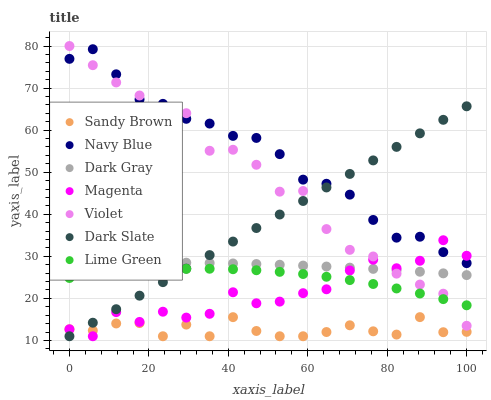
| xaxis_label | Sandy Brown | Navy Blue | Dark Gray | Magenta | Violet | Dark Slate | Lime Green |
 | --- | --- | --- | --- | --- | --- | --- | --- |
 | 0 | 12.7 | 76.9 | 28.4 | 12.7 | 80 | 11 | 24.9 |
 | 5.88 | 12.4 | 79.2 | 28.5 | 11 | 75.4 | 14.2 | 25.6 |
 | 11.8 | 14 | 73.3 | 28.5 | 16.7 | 71.3 | 17.4 | 26.1 |
 | 17.6 | 14.1 | 67.3 | 28.5 | 14.4 | 68.2 | 20.6 | 26.6 |
 | 23.5 | 11 | 66.3 | 28.5 | 16.8 | 63.9 | 23.9 | 26.9 |
 | 29.4 | 13.8 | 62.7 | 28.5 | 15.4 | 64 | 27.1 | 27 |
 | 35.3 | 11 | 61.6 | 28.4 | 16.3 | 55.1 | 30.3 | 27 |
 | 41.2 | 15.5 | 58.6 | 28.3 | 21.5 | 55.3 | 33.5 | 26.9 |
 | 47.1 | 12.3 | 58.2 | 28.2 | 18.8 | 51.8 | 36.7 | 26.7 |
 | 52.9 | 11 | 54.3 | 28 | 19.2 | 45.4 | 39.9 | 26.3 |
 | 58.8 | 11 | 48.2 | 27.8 | 21.2 | 45.5 | 43.2 | 25.8 |
 | 64.7 | 12 | 47.3 | 27.6 | 22.2 | 36.5 | 46.4 | 25.1 |
 | 70.6 | 13.6 | 44.7 | 27.3 | 26.6 | 31.5 | 49.6 | 24.4 |
 | 76.5 | 12.2 | 38.6 | 27 | 29.2 | 30 | 52.8 | 23.4 |
 | 82.4 | 11.4 | 34.4 | 26.7 | 27.2 | 25.9 | 56 | 22.4 |
 | 88.2 | 15.5 | 34.7 | 26.3 | 28.9 | 23.3 | 59.2 | 21.2 |
 | 94.1 | 12 | 31 | 26 | 33.8 | 21.1 | 62.5 | 19.8 |
 | 100 | 12 | 28.4 | 25.5 | 30.1 | 13.5 | 65.7 | 18.4 |